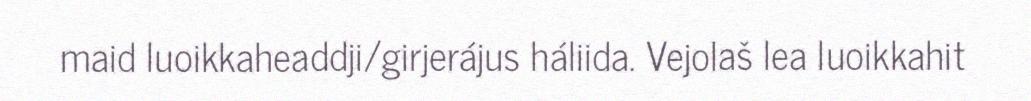
maid luoikkaheaddji/girjerájus háliida. Vejolaš lea luoikkahit